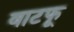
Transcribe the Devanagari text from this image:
वाटफू